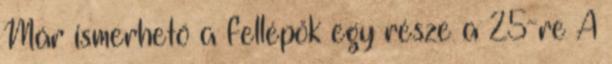
Már ismerhető a fellépők egy része a 25-re A